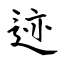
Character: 迹